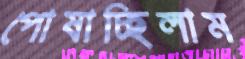
পোষাচ্ছিলাম